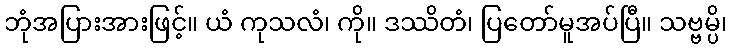
ဘုံအပြားအားဖြင့်။ ယံ ကုသလံ၊ ကို။ ဒဿိတံ၊ ပြတော်မူအပ်ပြီ။ သဗ္ဗမ္ပိ၊